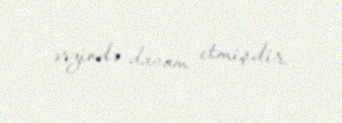
ərzində davam etmişdir.